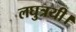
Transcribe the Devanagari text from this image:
लघुत्रयी।